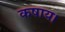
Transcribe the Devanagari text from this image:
कषाय।